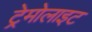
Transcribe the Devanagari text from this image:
ट्रेमोलाइट